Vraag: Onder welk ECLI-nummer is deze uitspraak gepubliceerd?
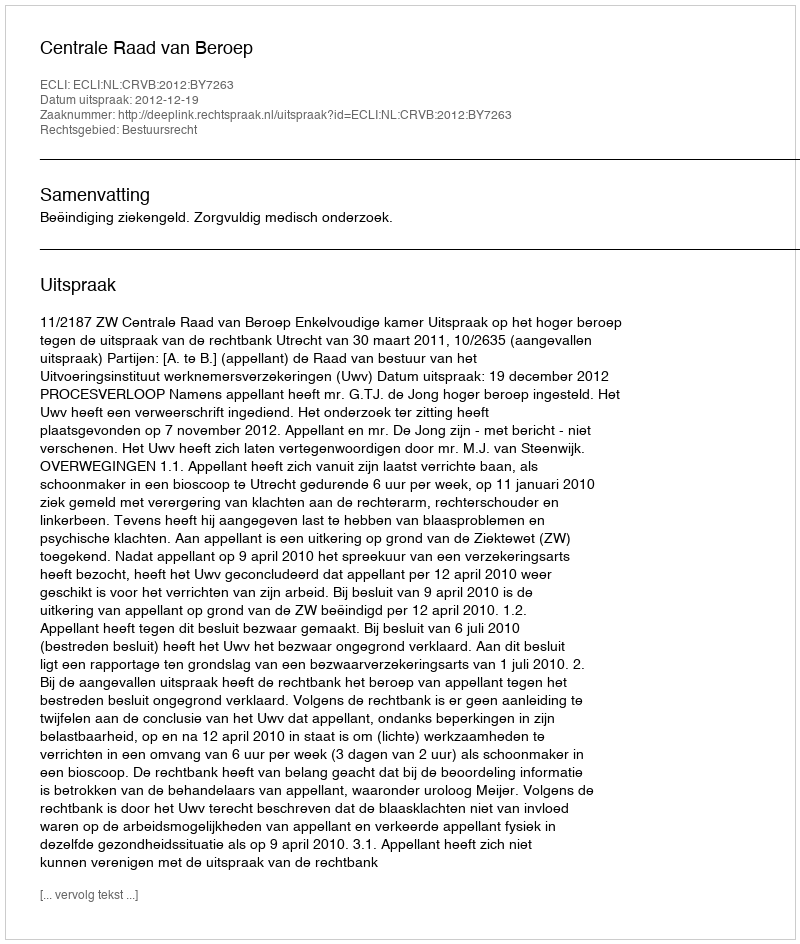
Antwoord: ECLI:NL:CRVB:2012:BY7263